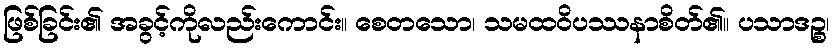
ဖြစ်ခြင်း၏ အခွင့်ကိုလည်းကောင်း။ စေတသော၊ သမထဝိပဿနာစိတ်၏။ ပသာဒဉ္စ၊